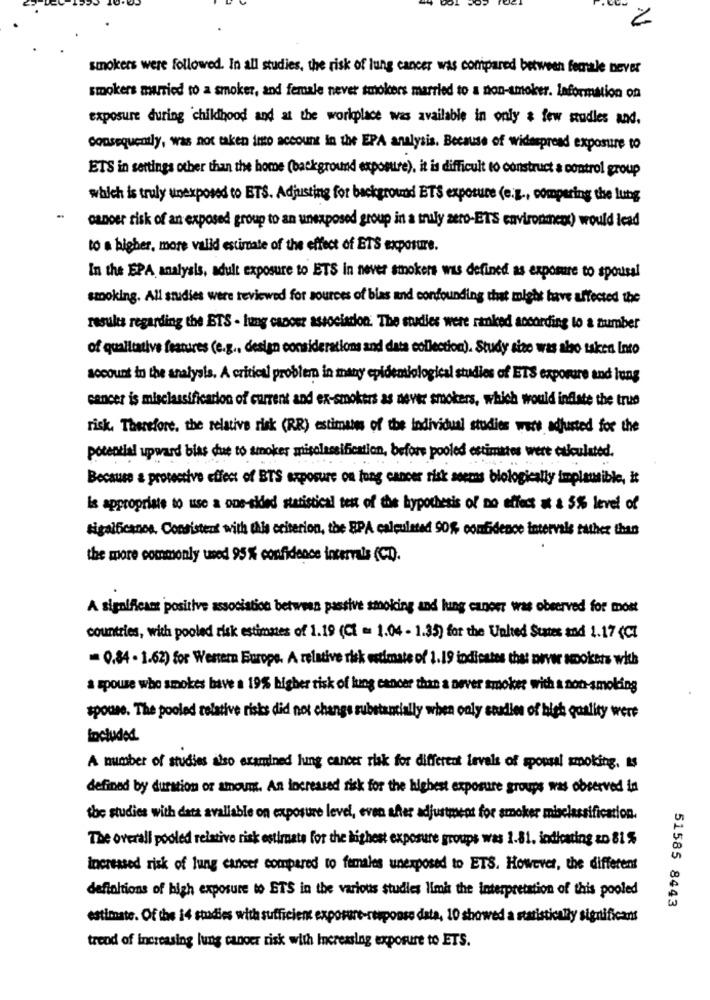
2
smokers were followed. In all studies, the risk of lung cancer was compared between female never
smokers married to a smoker, and female never smokers married to a non-smoker. Information on
exposure during childhood and at the workplace was available in only & few studies and.
consequently, was not taken into account in the EPA analysis. Because of widespread exposure to
ETS in settings other than the home (background exposure), it is difficult to construct a control group
which is truly unexposed to BTS. Adjusting for background BTS exposure (e.g ., comparing the lung
OLDDer risk of an exposed group to an unexposed group in a truly aero-ET'S environment) would lead
to a higher, more valid estimate of the effect of ETS exposure.
In the EPA analysis, adult exposure to ETS in never smokers wis defined as exposure to spousal
smoking. All studies were reviewed for sources of blas and condounding that might have affected the
results regarding the ETS - lung canost association. The studies were ranked according to a number
of qualitative features (e.g ., design considerations and data collection). Study size was also taken Into
socount in the analysis. A critical problem in many epidemiological studies of ETS exporure and lung
cancer is misclassification of current and ex-smokers as never smokers, which would inflate the true
risk. Therefore, the relative risk (RR) estimates of the individual studies wars adjusted for the
potential upward bias due to smoker misclassification, before pooled estimates were eskulated.
Because a protective effect of BTS exposure on lung cancer risk serras biologically implausible, it
Is appropriate to use a one-sided statistical test of the hypothesis of no effect at a 5% level of
sigalficanos, Consistent with this criterion, the EPA calculated 90% confidence intervals rather than
the more commonly used 95% confidence intervals (CD).
A significam positive association between passive smoking and lung cancer was observed for most
countries, with pooled risk estimates of 1.19 (CI = 1.04 - 1.35) for the United States and 1.17 (CI
0,84 - 1-62) for Western Europe. A relative risk estimate of 1.19 indicates that never scookers with
a spouse who smokes have a 19% higher risk of lung cancer than a never smoker with a non-smoking
spouse. The pooled relative risks did not change substantially when only studies of high quality were
Included
A number of studies also examined lung cancer risk for different levels of spousal smoking, Is
defined by duration or amouns. An Increased risk for the highest exposure groups was observed in
the studies with data avaliable on exposure level, even after adjustment for smoker misclassification.
The overall pooled relative risk estimate for the highest exposure groups was 1.81. indlouting zo 81 %
increased risk of lung cancer compared to females unexposed to ETS. However, the different
definitions of high exposure to ETS in the various studies limit the interpretation of this pooled
51585 8443
estimate. Of the 14 studies with sufficient exposure-response data, 10 showed a statistically significant
trend of increasing lung cancer risk with Increasing exposure to ETS.